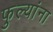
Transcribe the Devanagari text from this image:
फुल्यांना